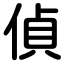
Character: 偵